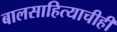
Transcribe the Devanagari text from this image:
बालसाहित्याचीही